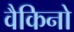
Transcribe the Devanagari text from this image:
वैकिनो